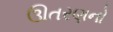
ઊતરણનો